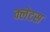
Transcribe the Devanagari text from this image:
क्लेटस